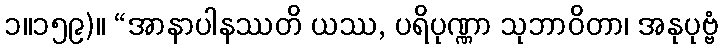
၁။၁၅၉)။ “အာနာပါနဿတိ ယဿ, ပရိပုဏ္ဏာ သုဘာဝိတာ၊ အနုပုဗ္ဗံ